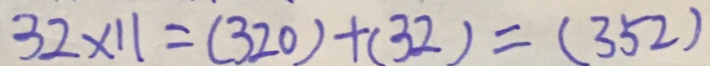
3 2 \times 1 1 = ( 3 2 0 ) + ( 3 2 ) = ( 3 5 2 )